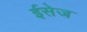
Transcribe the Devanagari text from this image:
ईसेज